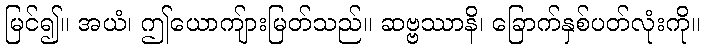
မြင်၍။ အယံ၊ ဤယောကျ်ားမြတ်သည်။ ဆဗ္ဗဿာနိ၊ ခြောက်နှစ်ပတ်လုံးကို။